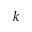
k